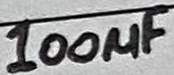
Text: 100µF